Report of the Indian Hemp Drugs Commission, 1894-1895 - Volume VI
Year: 1894
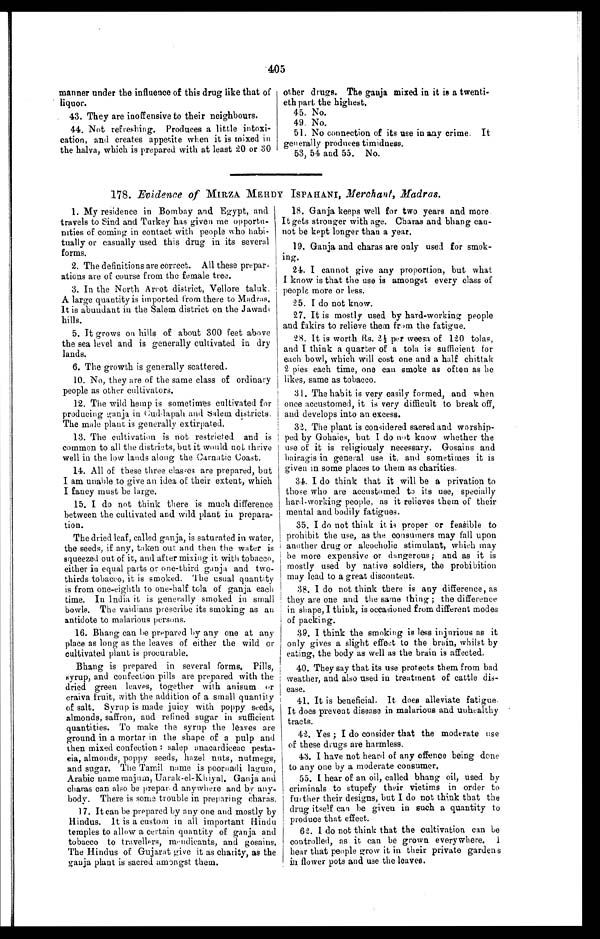
405
manner under the influence of this drug like that of
liquor.
43. They are inoffensive to their neighbours.
44. Not refreshing. Produces a little intoxi-
cation, and creates appetite when it is mixed in
the halva, which is prepared with at least 20 or 30
other drugs. The ganja mixed in it is a twenti-
eth part the highest.
45. No.
49. No.
51. No connection of its use in any crime. It
generally produces timidness.
53, 54 and 55. No.
178. Evidence of MIRZA MEHDY ISPAHANI, Merchant, Madras.
1. My residence in Bombay and Egypt, and
travels to Sind and Turkey has given me opportu-
nities of coming in contact with people who habi-
tually or casually used this drug in its several
forms.
2. The definitions are correct. All these prepar-
ations are of course from the female tree.
3. In the North Arcot district, Vellore taluk.
A large quantity is imported from there to Madras.
It is abundant in the Salem district on the
J a w a d u h i l l s .
5.
It grows on hills of about 300 feet above
the sea level and is generally cultivated in dry
lands.
6. The growth is generally scattered.
10. No, they are of the same class of ordinary
people as other cultivators.
12. The wild hemp is sometimes cultivated for
producing ganja in Cuddapah and Salem districts.
The male plant is generally extirpated.
13. The cultivation is not restricted and is
common to all the districts, but it would not thrive
well in the low lands along the Carnatic Coast.
14. All of these three classes are prepared, but
I am unable to give an idea of their extent, which
I fancy must be large.
15. I do not think there is much difference
between the cultivated and wild plant in prepara-
tion.
The dried leaf, called ganja, is saturated in water,
the seeds, if any, taken out and then the water is
squeezed out of it, and after mixing it with tobacco,
either in equal parts or one-third ganja and two-
thirds tobacco, it is smoked. The usual quantity
is from one-eighth to one-half tola of ganja each
time. In India it is generally smoked in small
bowls. The vaidians prescribe its smoking as an
antidote to malarious persons.
16. Bhang can be prepared by any one at any
place as long as the leaves of either the wild or
cultivated plant is procurable.
Bhang is prepared in several forms. Pills,
syrup, and confection pills are prepared with the
dried green leaves, together with anisum or
craiva fruit, with the addition of a small quantity
of salt. Syrup is made juicy with poppy seeds,
almonds, saffron, and refined sugar in sufficient
quantities. To make the syrup the leaves are
ground in a mortar in the shape of a pulp and
then mixed confection: salep anacardiceac pesta-
eia, almonds, poppy seeds, hazel nuts, nutmegs,
and sugar, The Tamil name is poornadi lagum,
Arabic name majum, Uarak-el-Khiyal. Ganja and
charas can also be prepared anywhere and by any
- b o d y . T h e r e i s s o m e t r o u b l e i n p r e p a r i n g c h a r a s
17. It can be prepared by any one and mostly by
Hindus. It is a custom in all important H i n d u
temples to allow a certain quantity of ganja and
tobacco to travellers, mendicants, and gosains.
The Hindus of Gujarat give it as charity, as the
ganja plant is sacred amongst them.
18. Ganja keeps well for two years and more.
It gets stronger with age. Charas and bhang can-
not be kept longer than a year.
19. Ganja and charas are only used for smok-
ing.
24. I cannot give any proportion, but what
I know is that the use is amongst every class of
people more or less.
25. I do not know.
27. It is mostly used by hard-working people
and fakirs to relieve them from the fatigue.
28. It is worth Rs. 2 ½ per weesa of 120 tolas,
and I think a quarter of a tola is sufficient for
each bowl, which will cost one and a half chittak
2 pies each time, one can smoke as often as he
likes, same as tobacco.
31. The habit is very easily formed, and when
once accustomed, it is very difficult to break off,
and develops into an excess.
32. The plant is considered sacred and worship-
ped by Gohaies, but I do not know whether the
use of it is religiously necessary. Gosains and
bairagis in general use it, and sometimes it is
given in some places to them as charities.
34. I do think that it will be a privation to
those who are accustomed to its use, specially
hard-working people, as it relieves them of their
mental and bodily fatigues.
35. I do not think it is proper or feasible to
prohibit the use, as the consumers may fall upon
another drug or alcocholic stimulant, which may
be more expensive or dangerous; and as it is
mostly used by native soldiers, the probibition
may lead to a great discontent.
38. I do not think there is any difference, as
they are one and the same thing; the difference
in shape, I think, is occasioned from different modes
of packing.
39. I think the smoking is less injurious as it
only gives a slight effect to the brain, whilst by
eating, the body as well as the brain is affected.
40. They say that its use protects them from bad
weather, and also used in treatment of cattle dis-
ease.
41. It is beneficial. It does alleviate fatigue.
It does prevent disease in malarious and unhealthy
tracts.
42. Yes; I do consider that the moderate use
of these drugs are harmless.
43. I have not heard of any offence being done
to any one by a moderate consumer.
55. I hear of an oil, called bhang oil, used by
criminals to stupefy their victims in order to
further their designs, but I do not think that the
drug itself can be given in such a quantity to
produce that effect.
62. I do not think that the cultivation can be
controlled, as it can be grown everywhere. I
hear that people grow it in their private gardens
in flower pots and use the leaves.